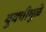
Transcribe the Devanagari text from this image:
युक्तीमुळे